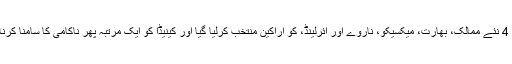
اقوام متحدہ کی سلامتی کونسل میں 2021 اور 2022 کے لیے 4 نئے ممالک، بھارت، میکسیکو، ناروے اور آئرلینڈ، کو اراکین منتخب کرلیا گیا اور کینیڈا کو ایک مرتبہ پھر ناکامی کا سامنا کرنا پڑا جبکہ افریقہ کی نشست کا فیصلہ دوسرے مرحلے میں ہوگا۔